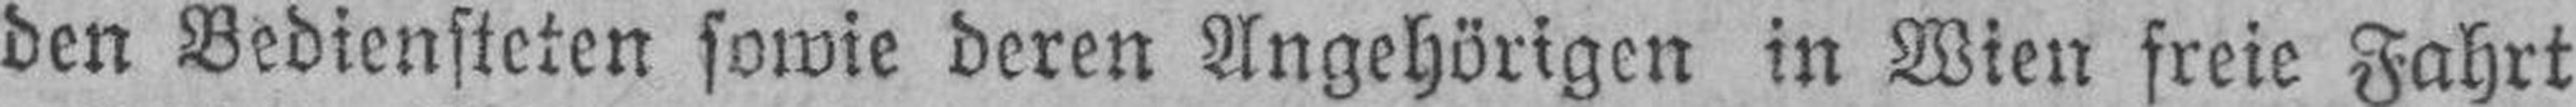
den Bediensteten sowie deren Angehörigen in Wien freie Fahrt